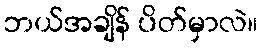
ဘယ်အချိန် ပိတ်မှာလဲ။